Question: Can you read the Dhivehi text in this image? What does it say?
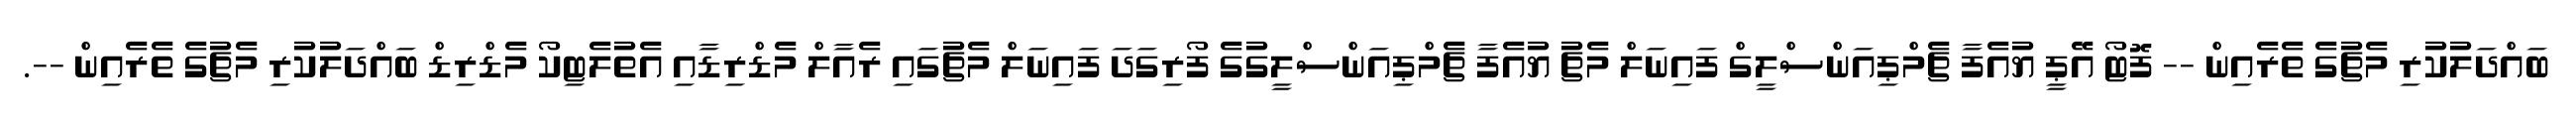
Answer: ބައްދަލުކުރި މެޗުގެ ތެރެއިން -- ފޮޓޯ އޭޕީ ޔުއެފާ ޗެމްޕިއަންސްލީގް ފައިނަލް މެޗު ޔުއެފާ ޗެމްޕިއަންސްލީގުގެ ފޯރިގަދަ ފައިނަލް މެޗުގައި ރެއާލް މެޑްރިޑާއި އެތުލެޓިކޯ މެޑްރިޑް ބައްދަލުކުރި މެޗުގެ ތެރެއިން --.